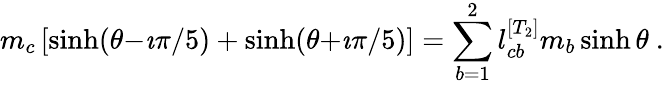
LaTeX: m_{c}\left[\sinh(\theta{-}\imath\pi/5)+\sinh(\theta{+}\imath\pi/5)\right]=\sum_{b=1}^{2}l_{cb}^{[T_{2}]}m_{b}\sinh\theta~.